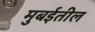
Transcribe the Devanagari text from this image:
मुबईतील